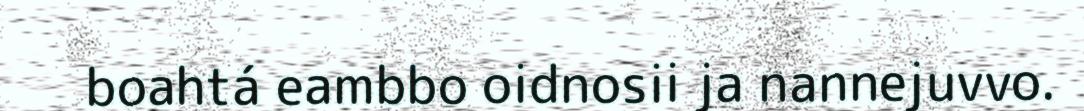
boahtá eambbo oidnosii ja nannejuvvo.